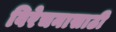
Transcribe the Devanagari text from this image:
विरेचनासाठी